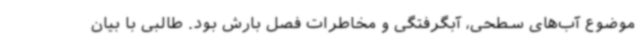
موضوع آب‌های سطحی، آبگرفتگی و مخاطرات فصل بارش بود. طالبی با بیان